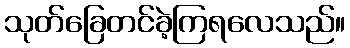
သုတ်ခြေတင်ခဲ့ကြရလေသည်။